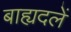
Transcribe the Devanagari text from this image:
बाह्यदलें